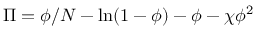
\Pi = \phi / N - \ln ( 1 - \phi ) - \phi - \chi \phi ^ { 2 }